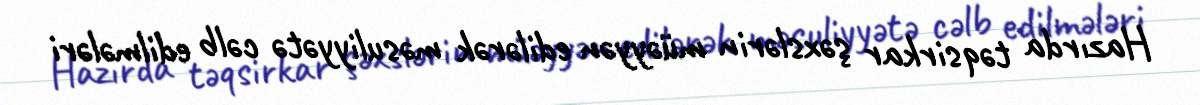
Hazırda təqsirkar şəxslərin müəyyən edilərək məsuliyyətə cəlb edilmələri